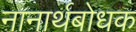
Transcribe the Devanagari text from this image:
नानार्थबोधक